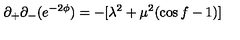
\partial _ { + } \partial _ { - } ( e ^ { - 2 \phi } ) = - [ \lambda ^ { 2 } + \mu ^ { 2 } ( \cos f - 1 ) ]